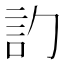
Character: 𬢛